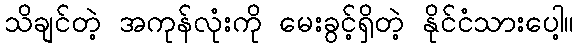
သိချင်တဲ့ အကုန်လုံးကို မေးခွင့်ရှိတဲ့ နိုင်ငံသားပေါ့။